Indian journal of veterinary science and animal husbandry - Volume 4,
Year: 1934
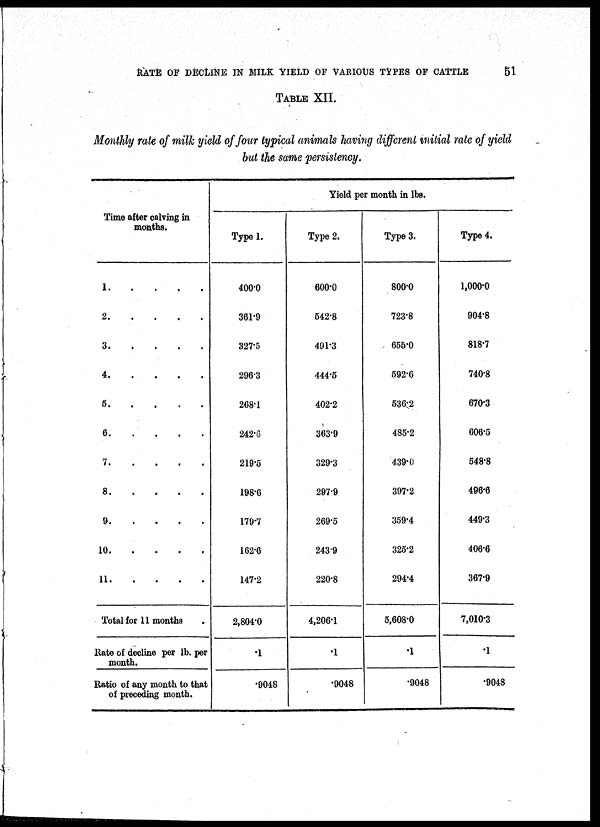
RATE OF DECLINE IN MILK YIELD OF VARIOUS TYPES OF CATTLE
51
TABLE XII.
Monthly rate of milk yield of four typical animals having different initial rate of yield
but the same persistency.
Time after calving in
months.
1
.
.
.
.
2
.
.
.
.
3
.
.
.
.
4
.
.
.
.
5
.
.
.
.
6
.
.
.
.
7
.
.
.
.
8
.
.
.
.
9
.
.
.
.
10
.
.
.
.
11
.
.
.
.
Total for 11 months .
Rate of decline per lb. per
month.
Ratio of any month to that
of preceding month.
Yield per month in lbs.
Type 1.
400.0
361.9
327.5
296.3
268.1
242.6
219.5
198.6
179.7
162.6
147.2
2,804.0
.1
.9048
Type 2.
600.0
542.8
491.3
444.5
402.2
363.9
329.3
297.9
269.5
243.9
220.8
4,206.1
.1
.9048
Type 3.
800.0
723.8
655.0
592.6
536.2
485.2
439.0
397.2
359.4
325.2
294.4
5,608.0
.1
.9048
Type 4.
1,000.0
904.8
818.7
740.8
670.3
606.5
548.8
496.6
449.3
406.6
367.9
7,010.3
.1
.9048